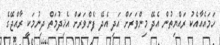
ހަމައެއާއެކު ރައްޔިތުން އެދޭ މިންވަރަށް އަދި އެދޭ ފެންވަރަށް އެޚިދުމަތް ދިނުމަކީ ރާއްޖޭގެ